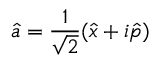
\hat { a } = \frac { 1 } { \sqrt { 2 } } ( \hat { x } + i \hat { p } )